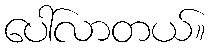
ပေါ်လာတယ်။